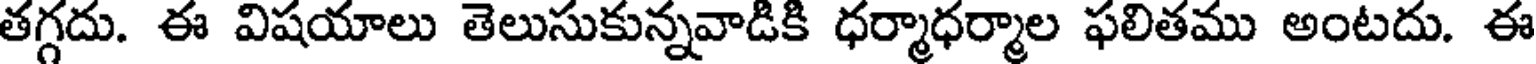
తగ్గదు. ఈ విషయాలు తెలుసుకున్నవాడికి ధర్మాధర్మాల ఫలితము అంటదు. ఈ